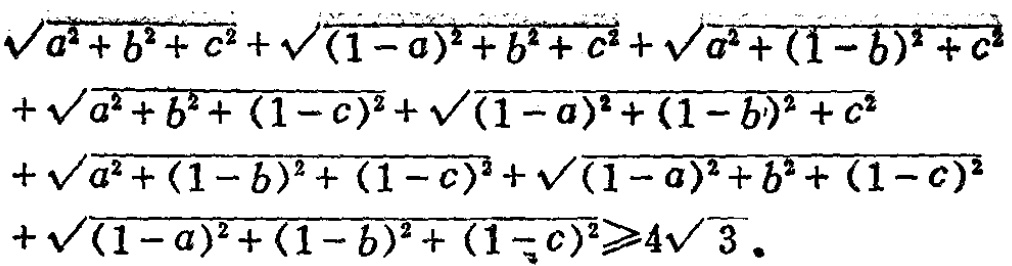
\(\sqrt{a^{2}+b^{2}+c^{2}}+\sqrt{(1 - a)^{2}+b^{2}+c^{2}}+\sqrt{a^{2}+(1 - b)^{2}+c^{2}}+\sqrt{a^{2}+b^{2}+(1 - c)^{2}}+\sqrt{(1 - a)^{2}+(1 - b)^{2}+c^{2}}+\sqrt{a^{2}+(1 - b)^{2}+(1 - c)^{2}}+\sqrt{(1 - a)^{2}+b^{2}+(1 - c)^{2}}+\sqrt{(1 - a)^{2}+(1 - b)^{2}+(1 - c)^{2}}\geqslant4\sqrt{3}\)